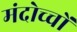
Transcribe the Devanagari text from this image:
मंदोच्चों